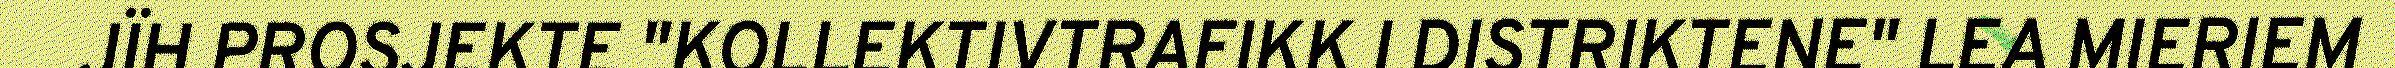
JÏH PROSJEKTE "KOLLEKTIVTRAFIKK I DISTRIKTENE" LEA MIERIEM